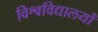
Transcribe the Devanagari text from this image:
विश्वविद्यालयोँ